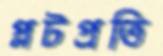
প্লটপ্রতি